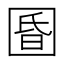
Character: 𱖀